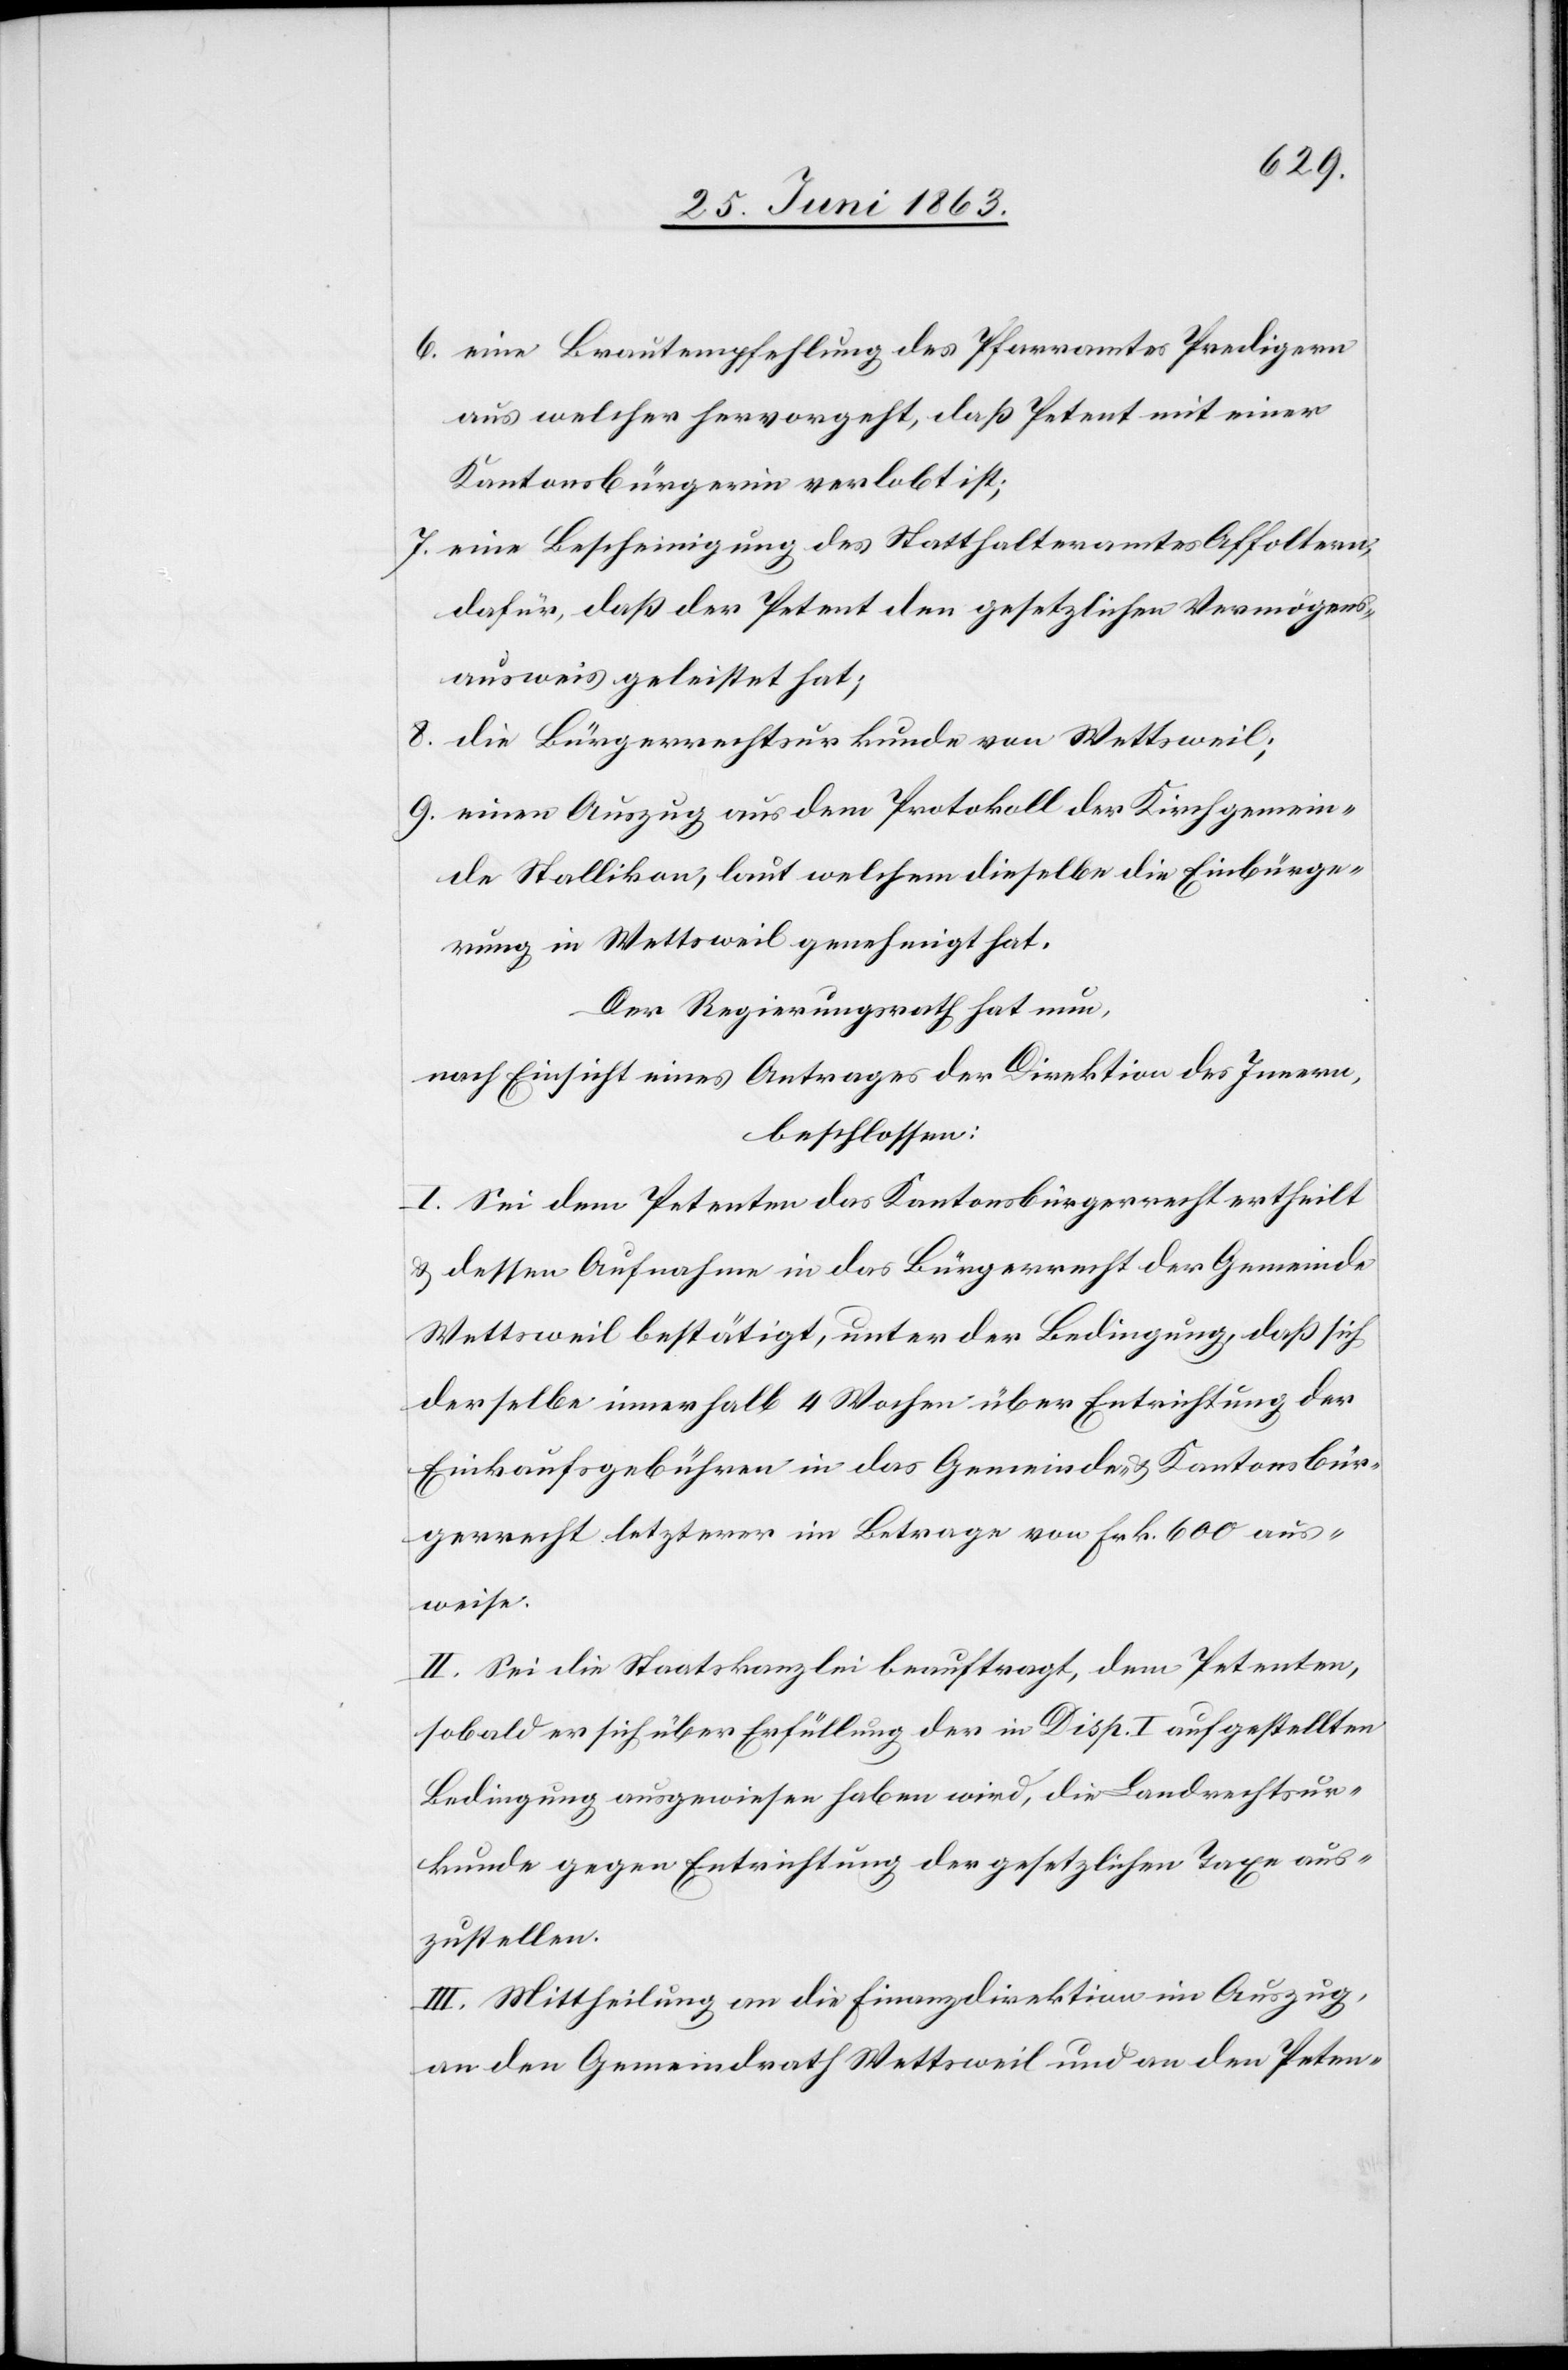
6. eine Brautempfehlung des Pfarramtes Predigern
aus welcher hervorgeht, daß Petent mit einer
Kantonsbürgerin verlobt ist;
7. eine Bescheinigung des Statthalteramtes Affoltern,
dafür, daß der Petent den gesetzlichen Vermögens¬
ausweis geleistet hat;
8. die Bürgerrechtsurkunde von Wettsweil;
9. einen Auszug aus dem Protokoll der Kirchgemein¬
de Stallikon, laut welchem dieselbe die Einbürge¬
rung in Wettsweil genehmigt hat.
Der Regierungsrath hat nun,
nach Einsicht eines Antrages der Direktion des Innern,
beschlossen:
I. Sei dem Petenten das Kantonsbürgerrecht ertheilt
& dessen Aufnahme in das Bürgerrecht der Gemeinde
Wettsweil bestätigt, unter der Bedingung, daß sich
derselbe innerhalb 4 Wochen über Entrichtung der
Einkaufsgebühren in das Gemeinde- & Kantonsbür¬
gerrecht letzterer im Betrage von Frk. 600 aus¬
weise.
II. Sei die Staatskanzlei beauftragt, dem Petenten,
sobald er sich über Erfüllung der in Disp. I aufgestellten
Bedingung ausgewiesen haben wird, die Landrechtsur¬
kunde gegen Entrichtung der gesetzlichen Taxe aus¬
zustellen.
III. Mittheilung an die Finanzdirektion im Auszug,
an den Gemeindrath Wettsweil und an den Peten-